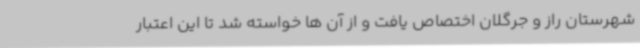
شهرستان راز و جرگلان اختصاص یافت و از آن ها خواسته شد تا این اعتبار